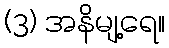
(3) အနိမျ့ရေ။